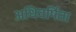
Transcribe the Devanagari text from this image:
अधिवर्षिता